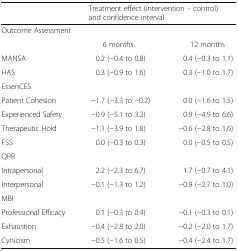
<table><thead><tr><td></td><td colspan="2"><b>Treatment effect (intervention – control) and confidence interval</b></td></tr></thead><tbody><tr><td colspan="3">Outcome Assessment</td></tr><tr><td></td><td>6 months</td><td>12 months</td></tr><tr><td>MANSA</td><td>0.2 (−0.4 to 0.8)</td><td>0.4 (−0.3 to 1.1)</td></tr><tr><td>HAS</td><td>0.3 (−0.9 to 1.6)</td><td>0.3 (−1.0 to 1.7)</td></tr><tr><td colspan="3">EssenCES</td></tr><tr><td>Patient Cohesion</td><td>−1.7 (−3.3 to −0.2)</td><td>0.0 (−1.6 to 1.5)</td></tr><tr><td>Experienced Safety</td><td>−0.9 (−5.1 to 3.2)</td><td>0.9 (−4.9 to 6.6)</td></tr><tr><td>Therapeutic Hold</td><td>−1.1 (−3.9 to 1.8)</td><td>−0.6 (−2.8 to 1.6)</td></tr><tr><td>FSS</td><td>0.0 (−0.3 to 0.3)</td><td>0.0 (−0.5 to 0.5)</td></tr><tr><td colspan="3">QPR</td></tr><tr><td>Intrapersonal</td><td>2.2 (−2.3 to 6.7)</td><td>1.7 (−0.7 to 4.1)</td></tr><tr><td>Interpersonal</td><td>−0.1 (−1.3 to 1.2)</td><td>−0.9 (−2.7 to 1.0)</td></tr><tr><td colspan="3">MBI</td></tr><tr><td>Professional Efficacy</td><td>0.1 (−0.3 to 0.4)</td><td>−0.1 (−0.3 to 0.1)</td></tr><tr><td>Exhaustion</td><td>−0.4 (−2.8 to 2.0)</td><td>−0.2 (−2.0 to 1.7)</td></tr><tr><td>Cynicism</td><td>−0.5 (−1.6 to 0.5)</td><td>−0.4 (−2.4 to 1.7)</td></tr></tbody></table>